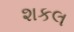
શકલ